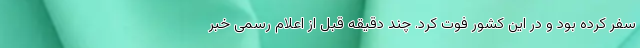
سفر کرده بود و در این کشور فوت کرد. چند دقیقه قبل از اعلام رسمی خبر